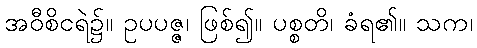
အဝီစိငရဲ၌။ ဥပပဇ္ဇ၊ ဖြစ်၍။ ပစ္စတိ၊ ခံရ၏။ သက၊